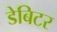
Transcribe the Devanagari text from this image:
डेबिटर